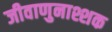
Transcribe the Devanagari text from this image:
जीवाणुनाश्शक